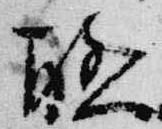
聯